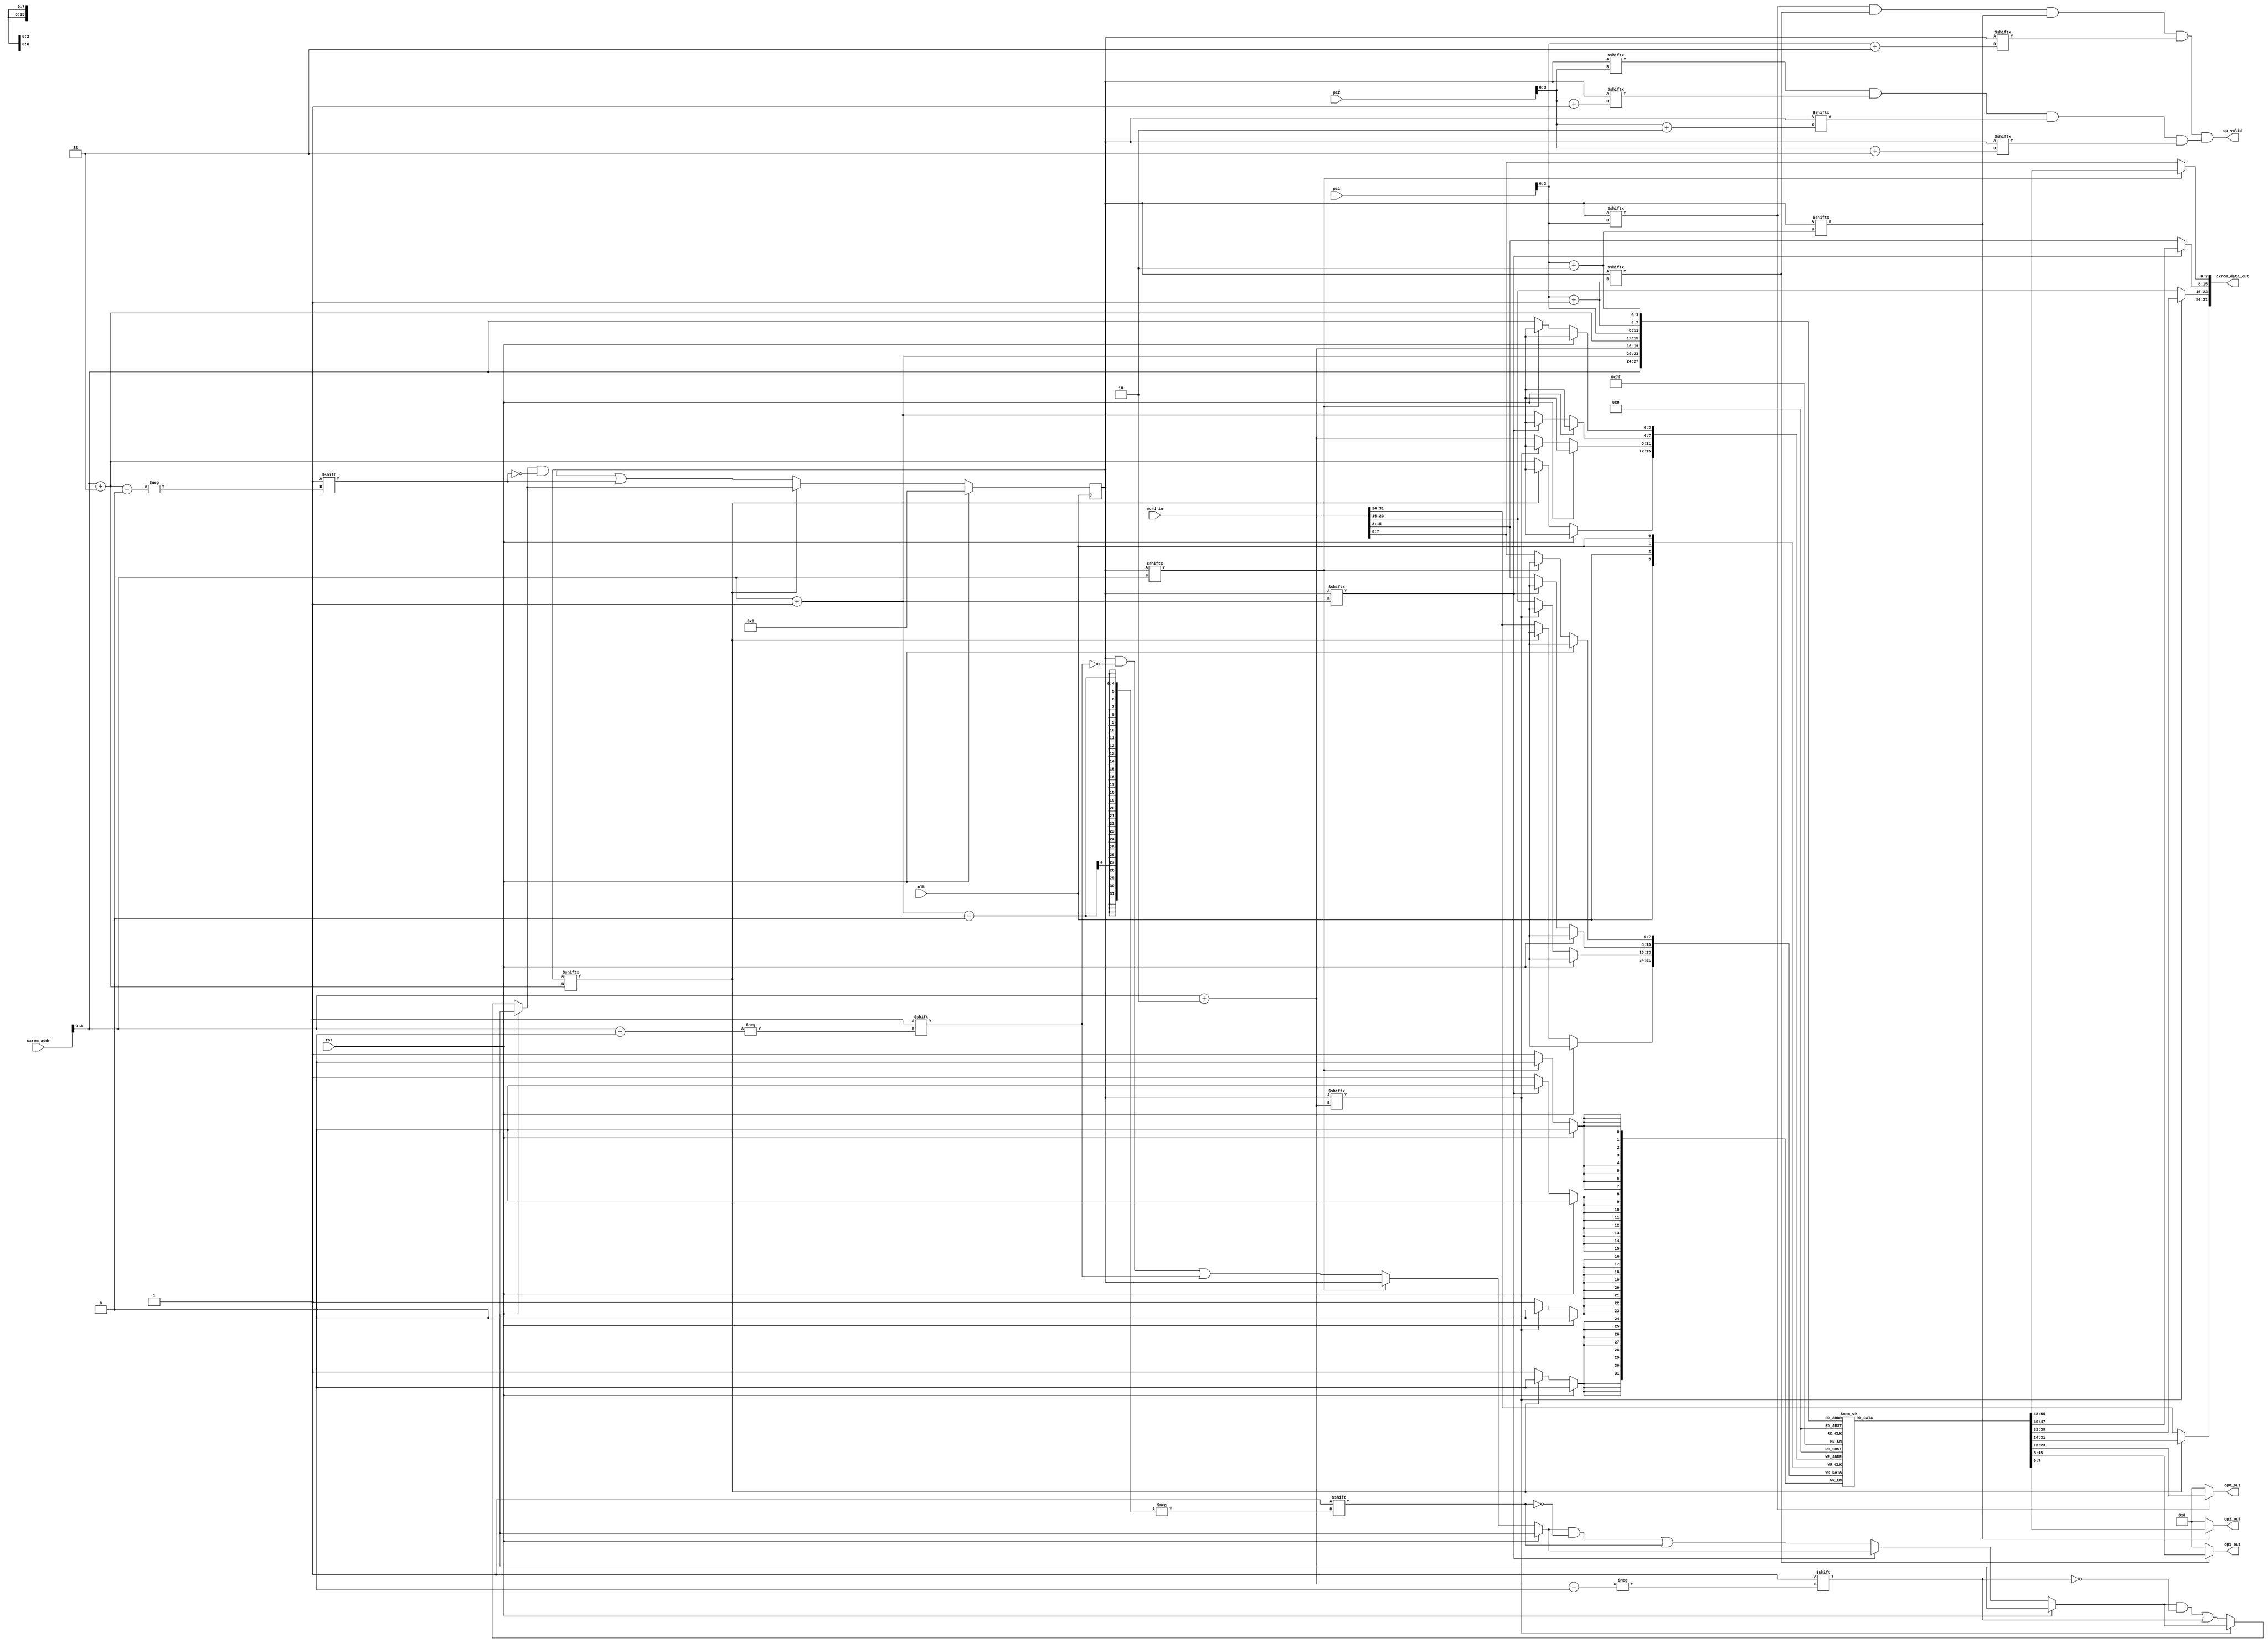
module oc8051_symbolic_cxrom(
    clk,
    rst,
    word_in,
    cxrom_addr,
    pc1,
    pc2,
    cxrom_data_out,
    op_valid,
    op0_out,
    op1_out,
    op2_out
);
    input clk, rst;
    input [31:0] word_in;
    input [15:0] cxrom_addr;
    input [15:0] pc1;
    input [15:0] pc2;

    output [31:0] cxrom_data_out;
    output op_valid;
    output [7:0] op0_out;
    output [7:0] op1_out;
    output [7:0] op2_out;

    reg [7:0] regarray [15:0];
    reg [15:0] regvalid;

    wire [3:0] addr0 = cxrom_addr[3:0];
    wire [3:0] addr1 = cxrom_addr[3:0] + 1;
    wire [3:0] addr2 = cxrom_addr[3:0] + 2;
    wire [3:0] addr3 = cxrom_addr[3:0] + 3;

    wire [7:0] bytein0 = word_in[7:0];
    wire [7:0] bytein1 = word_in[15:8];
    wire [7:0] bytein2 = word_in[23:16];
    wire [7:0] bytein3 = word_in[31:24];

    always @(posedge clk) begin
        if (rst) begin
            regvalid <= 16'b0;
        end
        else begin
            if (!regvalid[addr0]) begin
                regarray[addr0] <= bytein0;
                regvalid[addr0] <= 1;
            end
            if (!regvalid[addr1]) begin
                regarray[addr1] <= bytein1;
                regvalid[addr1] <= 1;
            end
            if (!regvalid[addr2]) begin
                regarray[addr2] <= bytein2;
                regvalid[addr2] <= 1;
            end
            if (!regvalid[addr3]) begin
                regarray[addr3] <= bytein3;
                regvalid[addr3] <= 1;
            end
        end
    end

    wire [7:0] byteout0 = regvalid[addr0] ? regarray[addr0] : bytein0;
    wire [7:0] byteout1 = regvalid[addr1] ? regarray[addr1] : bytein1;
    wire [7:0] byteout2 = regvalid[addr2] ? regarray[addr2] : bytein2;
    wire [7:0] byteout3 = regvalid[addr3] ? regarray[addr3] : bytein3;

    assign cxrom_data_out = { byteout3, byteout2, byteout1, byteout0 };
    
    wire [3:0] pc10 = pc1[3:0];
    wire [3:0] pc11 = pc1[3:0] + 1;
    wire [3:0] pc12 = pc1[3:0] + 2;
    wire [3:0] pc13 = pc1[3:0] + 3;
    wire pc1_valid = regvalid[pc10] && regvalid[pc11] && regvalid[pc12] && regvalid[pc13];

    wire [3:0] pc20 = pc2[3:0];
    wire [3:0] pc21 = pc2[3:0] + 1;
    wire [3:0] pc22 = pc2[3:0] + 2;
    wire [3:0] pc23 = pc2[3:0] + 3;
    wire pc2_valid = regvalid[pc20] && regvalid[pc21] && regvalid[pc22] && regvalid[pc23];

    assign op_valid = pc1_valid && pc2_valid;
    assign op0_out = regvalid[pc10] ? regarray[pc10] : 8'b0;
    assign op1_out = regvalid[pc11] ? regarray[pc11] : 8'b0;
    assign op2_out = regvalid[pc12] ? regarray[pc12] : 8'b0;

    wire [7:0] regarray0  = regarray[0];
    wire [7:0] regarray1  = regarray[1];
    wire [7:0] regarray2  = regarray[2];
    wire [7:0] regarray3  = regarray[3];
    wire [7:0] regarray4  = regarray[4];
    wire [7:0] regarray5  = regarray[5];
    wire [7:0] regarray6  = regarray[6];
    wire [7:0] regarray7  = regarray[7];
    wire [7:0] regarray8  = regarray[8];
    wire [7:0] regarray9  = regarray[9];
    wire [7:0] regarray10 = regarray[10];
    wire [7:0] regarray11 = regarray[11];
    wire [7:0] regarray12 = regarray[12];
    wire [7:0] regarray13 = regarray[13];
    wire [7:0] regarray14 = regarray[14];
    wire [7:0] regarray15 = regarray[15];
endmodule